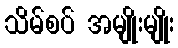
သိမ်စပ် အမျိုးမျိုး